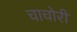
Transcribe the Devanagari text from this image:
चाचोरी